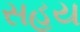
સહય